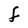
Character: F